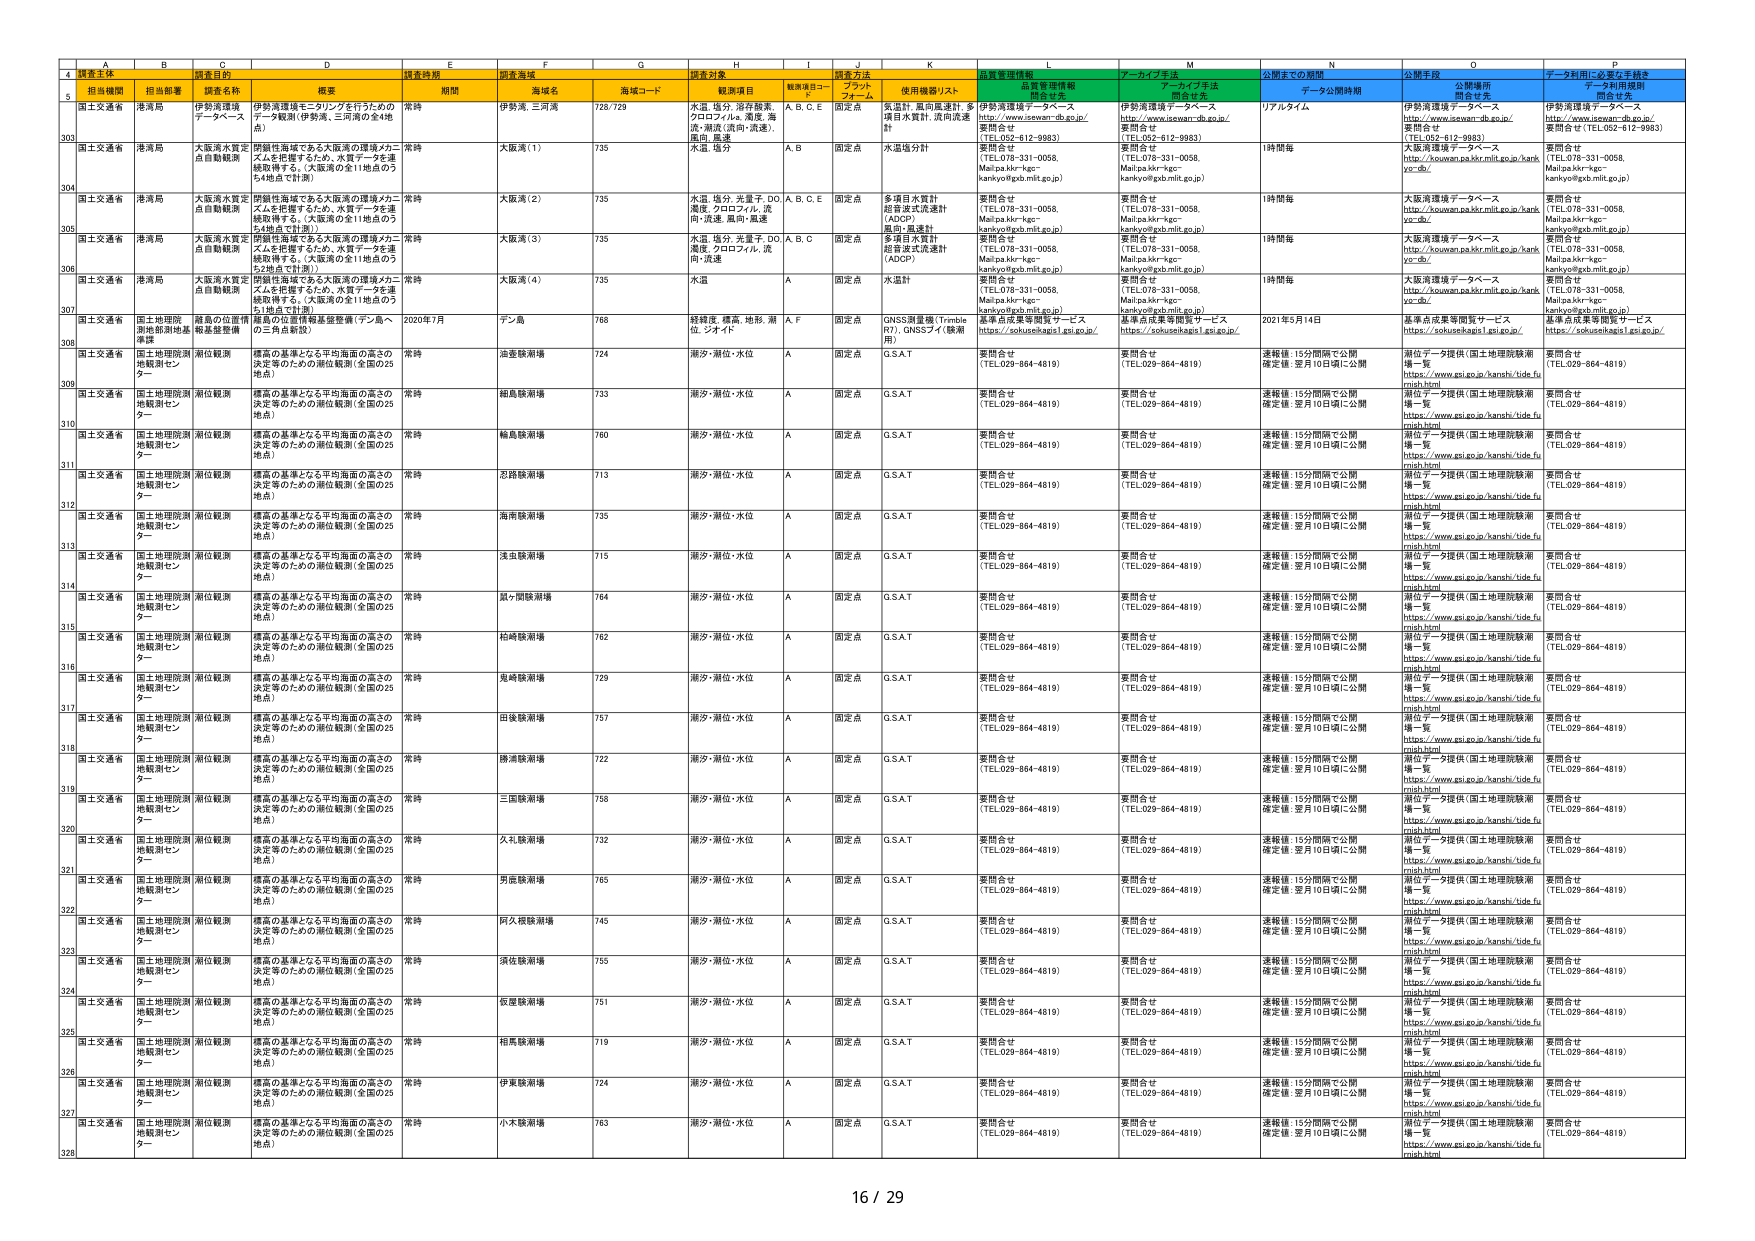
A
B
C
D
E
F
G
H
I
J
K
L
M
N
O
P
4
調査主体
担当部署
調査名称
概要
調査時期
調査海域
調査対象
調査方法
品質管理情報
データウェブ手法
公開までの期間
公開手段
データ利用に必要な手続き
5
担当機関
担当部署
調査名称
概要
期間
海域名
海域コード
観測項目
観測項目コード
プラットフォーム
使用機器/リスト
品質管理情報
問合せ先
データウェブ手法
問合せ先
データ公開時期
公開手段
公開場所
問合せ先
データ利用規程
問合せ先
303
国土交通省
港湾局
伊勢湾環境データベース
伊勢湾環境モニタリングを行ったもの
データ範囲（伊勢湾、三河湾の全14地
点）
常時
伊勢湾、三河湾
728/729
水温、塩分、溶存酸素、
クロロフィルa、濁度、海
流、潮流（流向・流速）、
風向、風速
A、B、C、E
固定点
気温計、風向風速計、多
項目水質計、流向流速
計
伊勢湾環境データベース
https://www.isewan-db.go.jp/
要問合せ
（TEL:052-812-9983）
伊勢湾環境データベース
https://www.isewan-db.go.jp/
要問合せ
（TEL:052-812-9983）
リアルタイム
伊勢湾環境データベース
https://www.isewan-db.go.jp/
要問合せ
（TEL:052-812-9983）
伊勢湾環境データベース
https://www.isewan-db.go.jp/
要問合せ（TEL:052-812-9983）
304
国土交通省
港湾局
大阪湾水質定点自動観測
伊勢湾海域である大阪湾の環境メカニ
ズムを把握するため、水質データを連
続取得する。（大阪湾の全11地点のうち
4地点で計測）
常時
大阪湾（1）
735
水温、塩分
A、B
固定点
水温塩分計
要問合せ
（TEL:078-331-0058、
Mail:pakir-kgc-
kankyo@kdb.mlit.go.jp）
要問合せ
（TEL:078-331-0058、
Mail:pakir-kgc-
kankyo@kdb.mlit.go.jp）
1時間毎
大阪湾環境データベース
http://kouwan.pak.kkr.mlit.go.jp/kank
yo-cb/
要問合せ
（TEL:078-331-0058、
Mail:pakir-kgc-
kankyo@kdb.mlit.go.jp）
305
国土交通省
港湾局
大阪湾水質定点自動観測
伊勢湾海域である大阪湾の環境メカニ
ズムを把握するため、水質データを連
続取得する。（大阪湾の全11地点のうち
4地点で計測）
常時
大阪湾（2）
735
水温、塩分、光量子、DO、
濁度、クロロフィル、流
向・流速、風向・風速
A、B、C、E
固定点
多項目水質計
超音波式流速計
（ADCP）
要問合せ
（TEL:078-331-0058、
Mail:pakir-kgc-
kankyo@kdb.mlit.go.jp）
要問合せ
（TEL:078-331-0058、
Mail:pakir-kgc-
kankyo@kdb.mlit.go.jp）
1時間毎
大阪湾環境データベース
http://kouwan.pak.kkr.mlit.go.jp/kank
yo-cb/
要問合せ
（TEL:078-331-0058、
Mail:pakir-kgc-
kankyo@kdb.mlit.go.jp）
306
国土交通省
港湾局
大阪湾水質定点自動観測
伊勢湾海域である大阪湾の環境メカニ
ズムを把握するため、水質データを連
続取得する。（大阪湾の全11地点のうち
4地点で計測）
常時
大阪湾（3）
735
水温、塩分、光量子、DO、
濁度、クロロフィル、流
向・流速
A、B、C
固定点
多項目水質計
超音波式流速計
（ADCP）
要問合せ
（TEL:078-331-0058、
Mail:pakir-kgc-
kankyo@kdb.mlit.go.jp）
要問合せ
（TEL:078-331-0058、
Mail:pakir-kgc-
kankyo@kdb.mlit.go.jp）
1時間毎
大阪湾環境データベース
http://kouwan.pak.kkr.mlit.go.jp/kank
yo-cb/
要問合せ
（TEL:078-331-0058、
Mail:pakir-kgc-
kankyo@kdb.mlit.go.jp）
307
国土交通省
港湾局
大阪湾水質定点自動観測
伊勢湾海域である大阪湾の環境メカニ
ズムを把握するため、水質データを連
続取得する。（大阪湾の全11地点のうち
4地点で計測）
常時
大阪湾（4）
735
水温
A
固定点
水温計
要問合せ
（TEL:078-331-0058、
Mail:pakir-kgc-
kankyo@kdb.mlit.go.jp）
要問合せ
（TEL:078-331-0058、
Mail:pakir-kgc-
kankyo@kdb.mlit.go.jp）
1時間毎
大阪湾環境データベース
http://kouwan.pak.kkr.mlit.go.jp/kank
yo-cb/
要問合せ
（TEL:078-331-0058、
Mail:pakir-kgc-
kankyo@kdb.mlit.go.jp）
308
国土交通省
国土地理院
測地形態地基
準課
離島の位置情報基準整備（テン島～
の三角点新設）
2020年7月
テン島
768
経緯度、標高、地形、潮
位、ジオイト
A、F
固定点
GNSS測量機（Trimble
R7）（GNSSブイ（機動
用））
基準点成果等閲覧サービス
https://sokuseikagai1.esi.go.jp/
基準点成果等閲覧サービス
https://sokuseikagai1.esi.go.jp/
2021年5月14日
基準点成果等閲覧サービス
https://sokuseikagai1.esi.go.jp/
基準点成果等閲覧サービス
https://sokuseikagai1.esi.go.jp/
309
国土交通省
国土地理院測
地観測セン
ター
潮位観測
標高の基準となる平均海面の高さの
決定等のための潮位観測（全国の25
地点）
常時
油壺観測場
724
潮汐・潮位・水位
A
固定点
G.S.A.T
要問合せ
（TEL:029-864-4819）
要問合せ
（TEL:029-864-4819）
速報値：15分間隔で公開
確定値：翌月10日頃に公開
潮位データ提供（国土地理院観測
場一覧
https://www.esi.go.jp/kanshi/tide.fu
mish.html
要問合せ
（TEL:029-864-4819）
310
国土交通省
国土地理院測
地観測セン
ター
潮位観測
標高の基準となる平均海面の高さの
決定等のための潮位観測（全国の25
地点）
常時
細島観測場
733
潮汐・潮位・水位
A
固定点
G.S.A.T
要問合せ
（TEL:029-864-4819）
要問合せ
（TEL:029-864-4819）
速報値：15分間隔で公開
確定値：翌月10日頃に公開
潮位データ提供（国土地理院観測
場一覧
https://www.esi.go.jp/kanshi/tide.fu
mish.html
要問合せ
（TEL:029-864-4819）
311
国土交通省
国土地理院測
地観測セン
ター
潮位観測
標高の基準となる平均海面の高さの
決定等のための潮位観測（全国の25
地点）
常時
輪島観測場
760
潮汐・潮位・水位
A
固定点
G.S.A.T
要問合せ
（TEL:029-864-4819）
要問合せ
（TEL:029-864-4819）
速報値：15分間隔で公開
確定値：翌月10日頃に公開
潮位データ提供（国土地理院観測
場一覧
https://www.esi.go.jp/kanshi/tide.fu
mish.html
要問合せ
（TEL:029-864-4819）
312
国土交通省
国土地理院測
地観測セン
ター
潮位観測
標高の基準となる平均海面の高さの
決定等のための潮位観測（全国の25
地点）
常時
志賀観測場
713
潮汐・潮位・水位
A
固定点
G.S.A.T
要問合せ
（TEL:029-864-4819）
要問合せ
（TEL:029-864-4819）
速報値：15分間隔で公開
確定値：翌月10日頃に公開
潮位データ提供（国土地理院観測
場一覧
https://www.esi.go.jp/kanshi/tide.fu
mish.html
要問合せ
（TEL:029-864-4819）
313
国土交通省
国土地理院測
地観測セン
ター
潮位観測
標高の基準となる平均海面の高さの
決定等のための潮位観測（全国の25
地点）
常時
海南観測場
735
潮汐・潮位・水位
A
固定点
G.S.A.T
要問合せ
（TEL:029-864-4819）
要問合せ
（TEL:029-864-4819）
速報値：15分間隔で公開
確定値：翌月10日頃に公開
潮位データ提供（国土地理院観測
場一覧
https://www.esi.go.jp/kanshi/tide.fu
mish.html
要問合せ
（TEL:029-864-4819）
314
国土交通省
国土地理院測
地観測セン
ター
潮位観測
標高の基準となる平均海面の高さの
決定等のための潮位観測（全国の25
地点）
常時
浅虫観測場
715
潮汐・潮位・水位
A
固定点
G.S.A.T
要問合せ
（TEL:029-864-4819）
要問合せ
（TEL:029-864-4819）
速報値：15分間隔で公開
確定値：翌月10日頃に公開
潮位データ提供（国土地理院観測
場一覧
https://www.esi.go.jp/kanshi/tide.fu
mish.html
要問合せ
（TEL:029-864-4819）
315
国土交通省
国土地理院測
地観測セン
ター
潮位観測
標高の基準となる平均海面の高さの
決定等のための潮位観測（全国の25
地点）
常時
鼠ヶ関観測場
764
潮汐・潮位・水位
A
固定点
G.S.A.T
要問合せ
（TEL:029-864-4819）
要問合せ
（TEL:029-864-4819）
速報値：15分間隔で公開
確定値：翌月10日頃に公開
潮位データ提供（国土地理院観測
場一覧
https://www.esi.go.jp/kanshi/tide.fu
mish.html
要問合せ
（TEL:029-864-4819）
316
国土交通省
国土地理院測
地観測セン
ター
潮位観測
標高の基準となる平均海面の高さの
決定等のための潮位観測（全国の25
地点）
常時
柏崎観測場
762
潮汐・潮位・水位
A
固定点
G.S.A.T
要問合せ
（TEL:029-864-4819）
要問合せ
（TEL:029-864-4819）
速報値：15分間隔で公開
確定値：翌月10日頃に公開
潮位データ提供（国土地理院観測
場一覧
https://www.esi.go.jp/kanshi/tide.fu
mish.html
要問合せ
（TEL:029-864-4819）
317
国土交通省
国土地理院測
地観測セン
ター
潮位観測
標高の基準となる平均海面の高さの
決定等のための潮位観測（全国の25
地点）
常時
鬼崎観測場
729
潮汐・潮位・水位
A
固定点
G.S.A.T
要問合せ
（TEL:029-864-4819）
要問合せ
（TEL:029-864-4819）
速報値：15分間隔で公開
確定値：翌月10日頃に公開
潮位データ提供（国土地理院観測
場一覧
https://www.esi.go.jp/kanshi/tide.fu
mish.html
要問合せ
（TEL:029-864-4819）
318
国土交通省
国土地理院測
地観測セン
ター
潮位観測
標高の基準となる平均海面の高さの
決定等のための潮位観測（全国の25
地点）
常時
田後観測場
757
潮汐・潮位・水位
A
固定点
G.S.A.T
要問合せ
（TEL:029-864-4819）
要問合せ
（TEL:029-864-4819）
速報値：15分間隔で公開
確定値：翌月10日頃に公開
潮位データ提供（国土地理院観測
場一覧
https://www.esi.go.jp/kanshi/tide.fu
mish.html
要問合せ
（TEL:029-864-4819）
319
国土交通省
国土地理院測
地観測セン
ター
潮位観測
標高の基準となる平均海面の高さの
決定等のための潮位観測（全国の25
地点）
常時
勝浦観測場
722
潮汐・潮位・水位
A
固定点
G.S.A.T
要問合せ
（TEL:029-864-4819）
要問合せ
（TEL:029-864-4819）
速報値：15分間隔で公開
確定値：翌月10日頃に公開
潮位データ提供（国土地理院観測
場一覧
https://www.esi.go.jp/kanshi/tide.fu
mish.html
要問合せ
（TEL:029-864-4819）
320
国土交通省
国土地理院測
地観測セン
ター
潮位観測
標高の基準となる平均海面の高さの
決定等のための潮位観測（全国の25
地点）
常時
三国観測場
758
潮汐・潮位・水位
A
固定点
G.S.A.T
要問合せ
（TEL:029-864-4819）
要問合せ
（TEL:029-864-4819）
速報値：15分間隔で公開
確定値：翌月10日頃に公開
潮位データ提供（国土地理院観測
場一覧
https://www.esi.go.jp/kanshi/tide.fu
mish.html
要問合せ
（TEL:029-864-4819）
321
国土交通省
国土地理院測
地観測セン
ター
潮位観測
標高の基準となる平均海面の高さの
決定等のための潮位観測（全国の25
地点）
常時
久礼観測場
732
潮汐・潮位・水位
A
固定点
G.S.A.T
要問合せ
（TEL:029-864-4819）
要問合せ
（TEL:029-864-4819）
速報値：15分間隔で公開
確定値：翌月10日頃に公開
潮位データ提供（国土地理院観測
場一覧
https://www.esi.go.jp/kanshi/tide.fu
mish.html
要問合せ
（TEL:029-864-4819）
322
国土交通省
国土地理院測
地観測セン
ター
潮位観測
標高の基準となる平均海面の高さの
決定等のための潮位観測（全国の25
地点）
常時
男鹿観測場
765
潮汐・潮位・水位
A
固定点
G.S.A.T
要問合せ
（TEL:029-864-4819）
要問合せ
（TEL:029-864-4819）
速報値：15分間隔で公開
確定値：翌月10日頃に公開
潮位データ提供（国土地理院観測
場一覧
https://www.esi.go.jp/kanshi/tide.fu
mish.html
要問合せ
（TEL:029-864-4819）
323
国土交通省
国土地理院測
地観測セン
ター
潮位観測
標高の基準となる平均海面の高さの
決定等のための潮位観測（全国の25
地点）
常時
阿久根観測場
745
潮汐・潮位・水位
A
固定点
G.S.A.T
要問合せ
（TEL:029-864-4819）
要問合せ
（TEL:029-864-4819）
速報値：15分間隔で公開
確定値：翌月10日頃に公開
潮位データ提供（国土地理院観測
場一覧
https://www.esi.go.jp/kanshi/tide.fu
mish.html
要問合せ
（TEL:029-864-4819）
324
国土交通省
国土地理院測
地観測セン
ター
潮位観測
標高の基準となる平均海面の高さの
決定等のための潮位観測（全国の25
地点）
常時
須佐観測場
755
潮汐・潮位・水位
A
固定点
G.S.A.T
要問合せ
（TEL:029-864-4819）
要問合せ
（TEL:029-864-4819）
速報値：15分間隔で公開
確定値：翌月10日頃に公開
潮位データ提供（国土地理院観測
場一覧
https://www.esi.go.jp/kanshi/tide.fu
mish.html
要問合せ
（TEL:029-864-4819）
325
国土交通省
国土地理院測
地観測セン
ター
潮位観測
標高の基準となる平均海面の高さの
決定等のための潮位観測（全国の25
地点）
常時
安曇観測場
751
潮汐・潮位・水位
A
固定点
G.S.A.T
要問合せ
（TEL:029-864-4819）
要問合せ
（TEL:029-864-4819）
速報値：15分間隔で公開
確定値：翌月10日頃に公開
潮位データ提供（国土地理院観測
場一覧
https://www.esi.go.jp/kanshi/tide.fu
mish.html
要問合せ
（TEL:029-864-4819）
326
国土交通省
国土地理院測
地観測セン
ター
潮位観測
標高の基準となる平均海面の高さの
決定等のための潮位観測（全国の25
地点）
常時
相馬観測場
719
潮汐・潮位・水位
A
固定点
G.S.A.T
要問合せ
（TEL:029-864-4819）
要問合せ
（TEL:029-864-4819）
速報値：15分間隔で公開
確定値：翌月10日頃に公開
潮位データ提供（国土地理院観測
場一覧
https://www.esi.go.jp/kanshi/tide.fu
mish.html
要問合せ
（TEL:029-864-4819）
327
国土交通省
国土地理院測
地観測セン
ター
潮位観測
標高の基準となる平均海面の高さの
決定等のための潮位観測（全国の25
地点）
常時
伊東観測場
724
潮汐・潮位・水位
A
固定点
G.S.A.T
要問合せ
（TEL:029-864-4819）
要問合せ
（TEL:029-864-4819）
速報値：15分間隔で公開
確定値：翌月10日頃に公開
潮位データ提供（国土地理院観測
場一覧
https://www.esi.go.jp/kanshi/tide.fu
mish.html
要問合せ
（TEL:029-864-4819）
328
国土交通省
国土地理院測
地観測セン
ター
潮位観測
標高の基準となる平均海面の高さの
決定等のための潮位観測（全国の25
地点）
常時
小木観測場
763
潮汐・潮位・水位
A
固定点
G.S.A.T
要問合せ
（TEL:029-864-4819）
要問合せ
（TEL:029-864-4819）
速報値：15分間隔で公開
確定値：翌月10日頃に公開
潮位データ提供（国土地理院観測
場一覧
https://www.esi.go.jp/kanshi/tide.fu
mish.html
要問合せ
（TEL:029-864-4819）
16 / 29